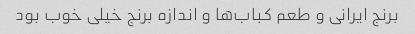
برنج ایرانی و طعم کباب‌ها و اندازه برنج خیلی خوب بود